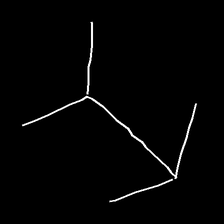
Glyph: gather